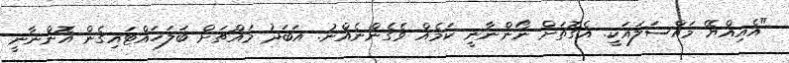
"އެއިއްޔޭ މައްސަލައަކީ. އެގޮތަށް ނޯންނާނީ ކަމެއް ވެގެންނެއްނު. އަބަދު މައްޗަށް ބަލަހައްޓައިގެން އޮންނާނީ